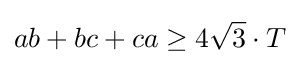
ab+bc+ca\geq 4{\sqrt {3}}\cdot T